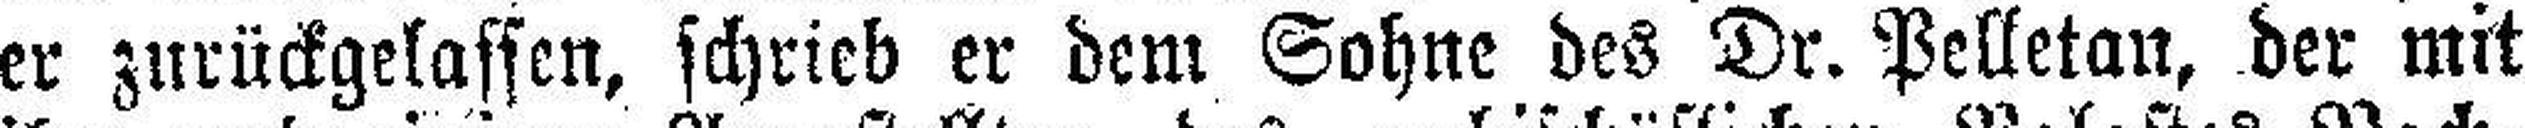
er zurückgelassen, schrieb er dem Sohne des Dr. Pelletan, der mit